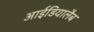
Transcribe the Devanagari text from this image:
आईडियालैब